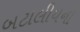
બટાલીયનો